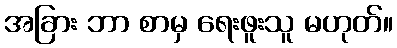
အခြား ဘာ စာမှ ရေးဖူးသူ မဟုတ်။